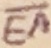
Text: EA